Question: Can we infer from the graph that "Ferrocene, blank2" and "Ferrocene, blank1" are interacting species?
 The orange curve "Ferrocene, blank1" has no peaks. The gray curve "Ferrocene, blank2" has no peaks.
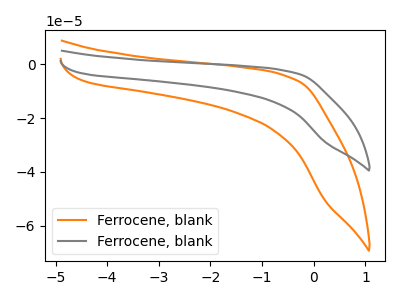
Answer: <think>Neither "Ferrocene, blank2" or "Ferrocene, blank1" have any peaks.
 </think>
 <answer>No, "Ferrocene, blank2" and "Ferrocene, blank1" don't appear to be significantly different in shape</answer>
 <eval>no_change</eval>